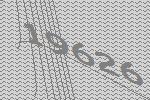
19626